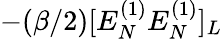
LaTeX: -(\beta/2)[E_{N}^{(1)}E_{N}^{(1)}]_{L}